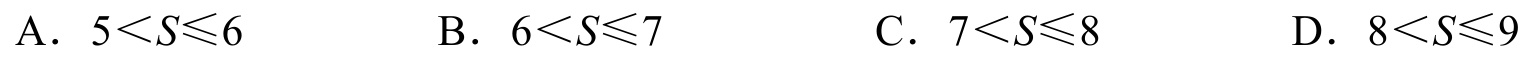
A. \(5<S\leqslant6\)  B. \(6<S\leqslant7\)  C. \(7<S\leqslant8\)  D. \(8<S\leqslant9\)